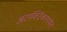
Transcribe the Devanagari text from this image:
अंटार्क्टिकापर्यंत